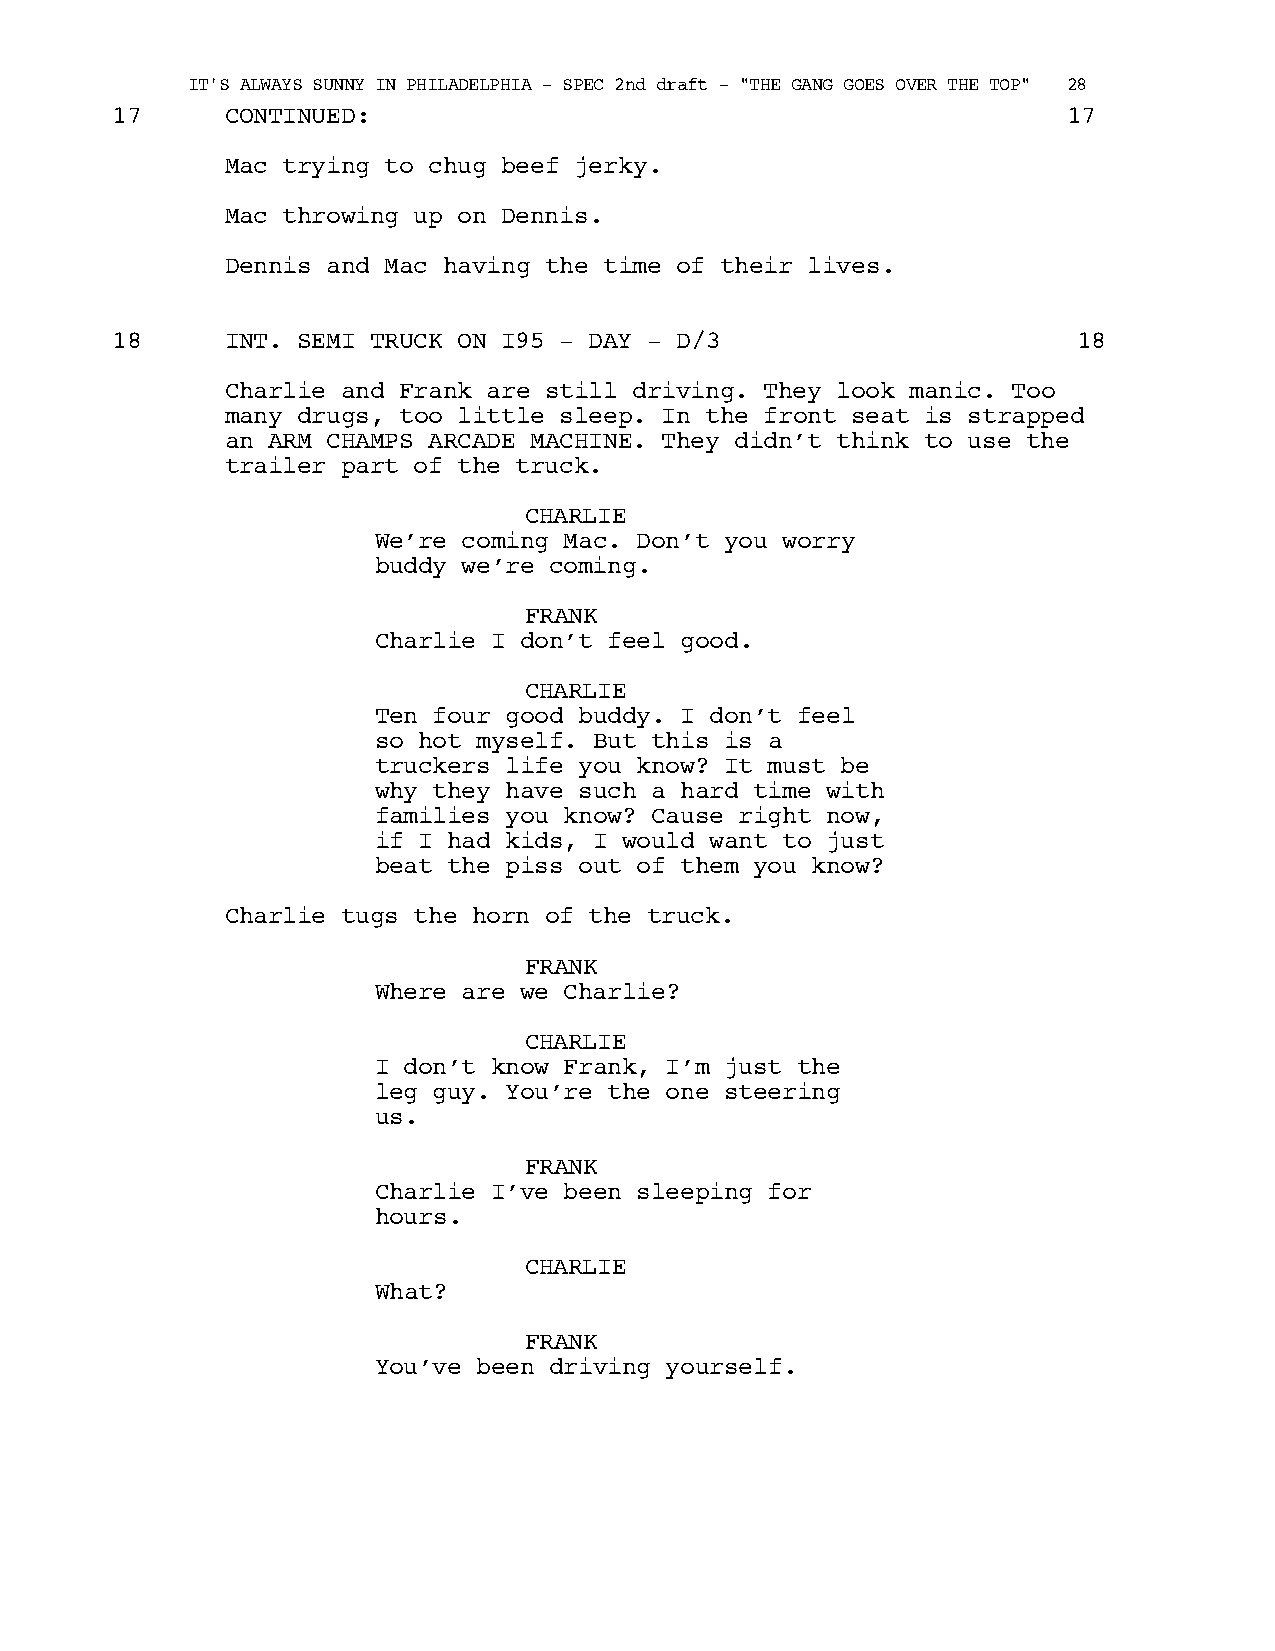
IT'S ALWAYS SUNNY IN PHILADELPHIA - SPEC 2nd draft - "THE GANG GOES OVER THE TOP" 28
 17      CONTINUED:                                              17
 Mac trying to chug beef jerky.
 Mac throwing up on Dennis.
 Dennis and Mac having the time of their lives.
 18      INT. SEMI TRUCK ON I95 - DAY - D/3                      18
 Charlie and Frank are still driving. They look manic. Too
 many drugs, too little sleep. In the front seat is strapped
 an ARM CHAMPS ARCADE MACHINE. They didn’t think to use the
 trailer part of the truck.
 CHARLIE
 We’re coming Mac. Don’t you worry
 buddy we’re coming.
 FRANK
 Charlie I don’t feel good.
 CHARLIE
 Ten four good buddy. I don’t feel
 so hot myself. But this is a
 truckers life you know? It must be
 why they have such a hard time with
 families you know? Cause right now,
 if I had kids, I would want to just
 beat the piss out of them you know?
 Charlie tugs the horn of the truck.
 FRANK
 Where are we Charlie?
 CHARLIE
 I don’t know Frank, I’m just the
 leg guy. You’re the one steering
 us.
 FRANK
 Charlie I’ve been sleeping for
 hours.
 CHARLIE
 What?
 FRANK
 You’ve been driving yourself.